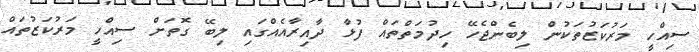
ސިއްހީ މަރުކަޒުތަކުން ލިބެންޖެހޭ ހިދުމަތްތައް ފުޅާ ދާއިރާއެއްގައި ލިބޭ ގޮތަށް ސިއްހީ މަރުކަޒުތައް